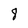
Character: 8